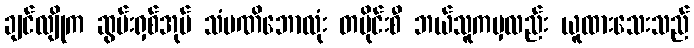
ချင်လျိုက ဆွမ်းရှစ်အုပ် သံမဏိဘောလုံး တပိုင်းစီ ဘယ်သူကမှလည်း ယူထားသေးသည်